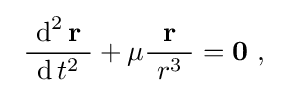
\ {\frac {\ \operatorname {d} ^{2}\mathbf {r} \ }{\ \operatorname {d} t^{2}\ }}+\mu {\frac {\ \mathbf {r} \ }{~r^{3}\ }}=\mathbf {0} \ ,\quad